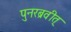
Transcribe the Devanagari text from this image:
पुनरब्रवीत्